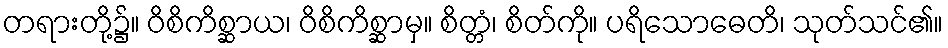
တရားတို့၌။ ဝိစိကိစ္ဆာယ၊ ဝိစိကိစ္ဆာမှ။ စိတ္တံ၊ စိတ်ကို။ ပရိသောဓေတိ၊ သုတ်သင်၏။